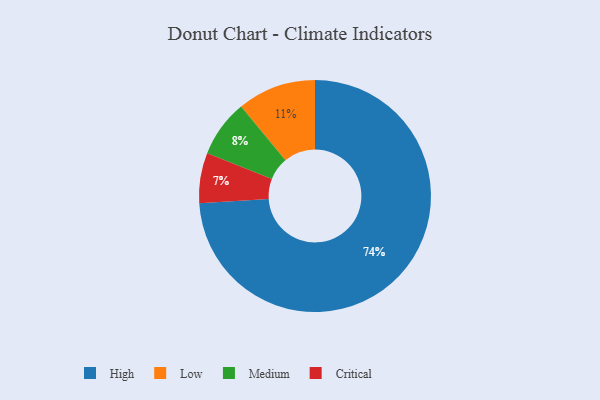
{"axis": {"x": "Category", "y": "Percentage"}, "legend": ["Critical", "High", "Low", "Medium"], "data": [{"x": "Critical", "y": 7, "type": "Critical"}, {"x": "High", "y": 74, "type": "High"}, {"x": "Low", "y": 11, "type": "Low"}, {"x": "Medium", "y": 8, "type": "Medium"}]}